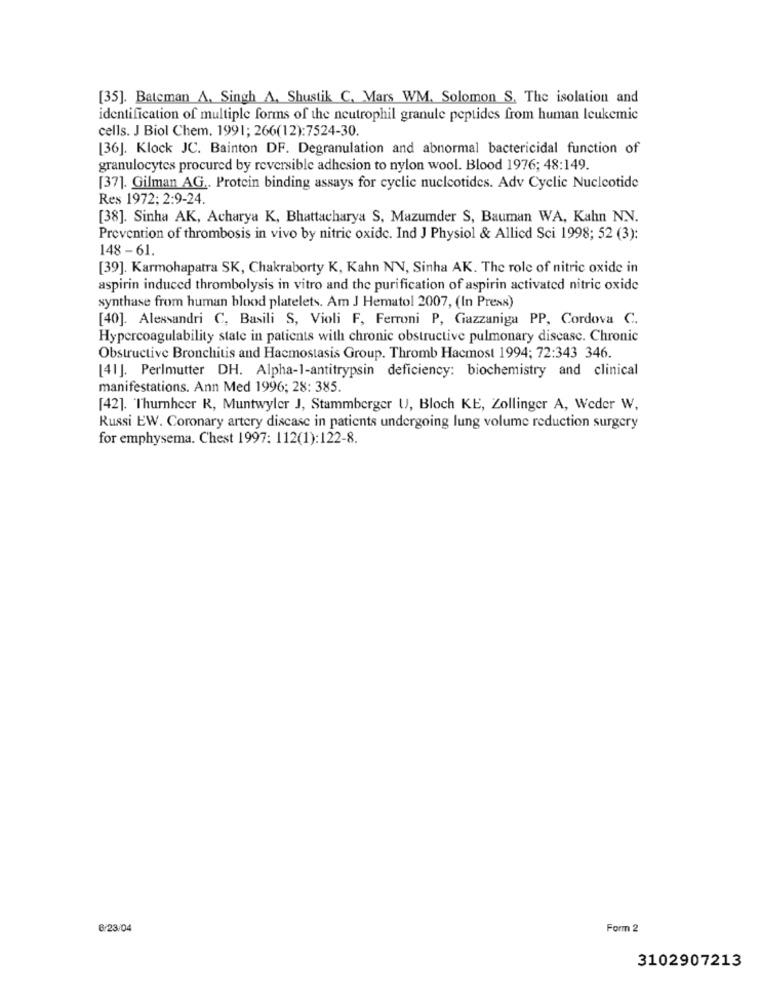
[35]. Bateman A. Singh A. Shustik C. Mars WM. Solomon S. The isolation and
identification of multiple forms of the neutrophil granule peptides from human leukemic
cells. J Biol Chem. 1991; 266(12):7524-30.
[36]. Klock JC. Bainton DF. Degranulation and abnormal bactericidal function of
granulocytes procured by reversible adhesion to nylon wool. Blood 1976; 48:149.
[37]. Gilman AG .. Protein binding assays for cyclic nucleotides. Adv Cyclic Nucleotide
Res 1972; 2:9-24.
[38]. Sinha AK, Acharya K, Bhattacharya S, Mazumder S, Bauman WA, Kahn N.N.
Prevention of thrombosis in vivo by nitric oxide. Ind J Physiol & Allied Sci 1998; 52 (3):
148-61.
[39]. Karmohapatra SK, Chakraborty K, Kahn NV, Sinha AK. The role of nitric oxide in
aspirin induced thrombolysis in vitro and the purification of aspirin activated nitric oxide
synthase from human blood platelets. Am J Hematol 2007, (In Press)
[40]. Alessandri C, Basili S, Violi F, Ferroni P, Gazzaniga PP, Cordova C.
Hypercoagulability state in patients with chronic obstructive pulmonary disease. Chronic
Obstructive Bronchitis and Hacmostasis Group. Thromb Hacmost 1994; 72:343 346.
[41]. Perlmutter DH. Alpha-1-antitrypsin deficiency: biochemistry and clinical
manifestations. Ann Med 1996; 28: 385.
[42]. Thurnhcer R, Muntwyler J, Stammberger U, Bloch KE, Zollinger A, Weder W,
Russi EW. Coronary artery discase in patients undergoing lung volume reduction surgery
for emphysema. Chest 1997: 112(1): 122-8.
6/23/04
Form 2
3102907213